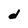
Character: d